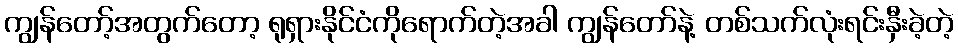
ကျွန်တော့်အတွက်တော့ ရုရှားနိုင်ငံကိုရောက်တဲ့အခါ ကျွန်တော်နဲ့ တစ်သက်လုံးရင်းနှီးခဲ့တဲ့